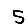
Digit: 5